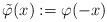
\begin{align*}\tilde{\varphi}(x):=\varphi(-x)\qquad\end{align*}